Bréfritari: Sigríður Pálsdóttir
Viðtakandi: Páll Pálsson
Dagsetning: A-1857-11-02
Skrifað á: Hraungerði  Árn.
Páll var bróðir Sigríðar

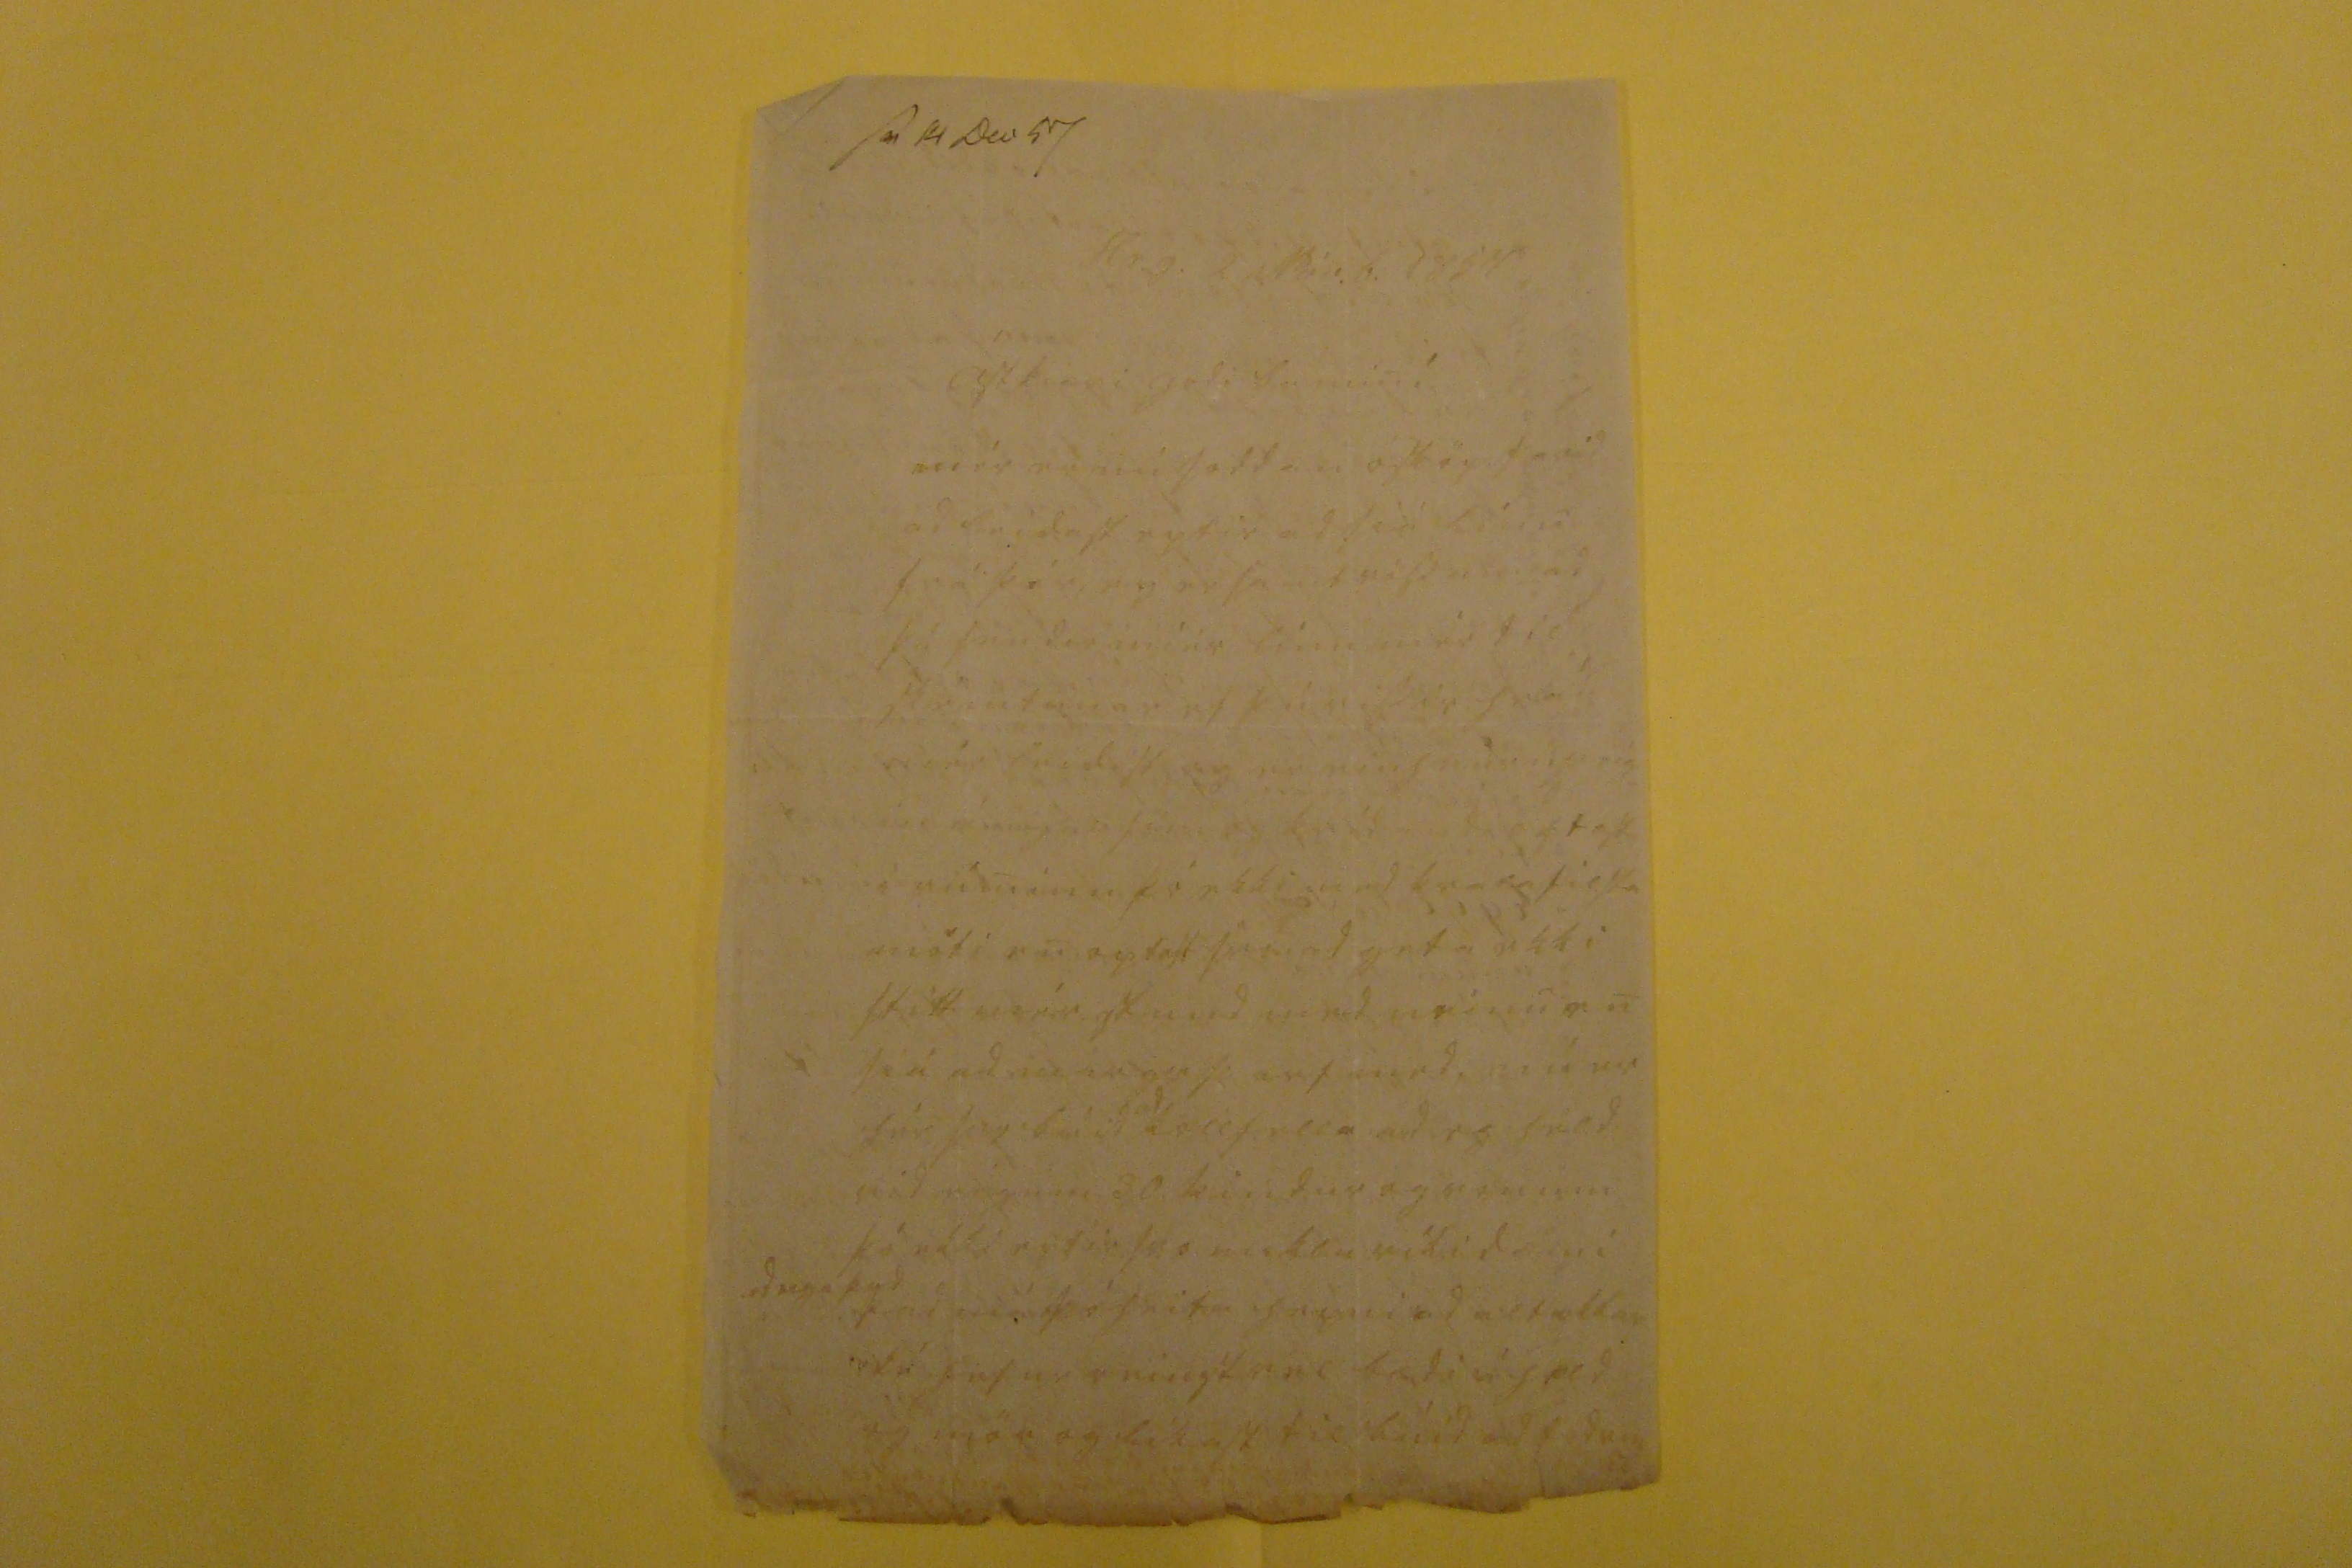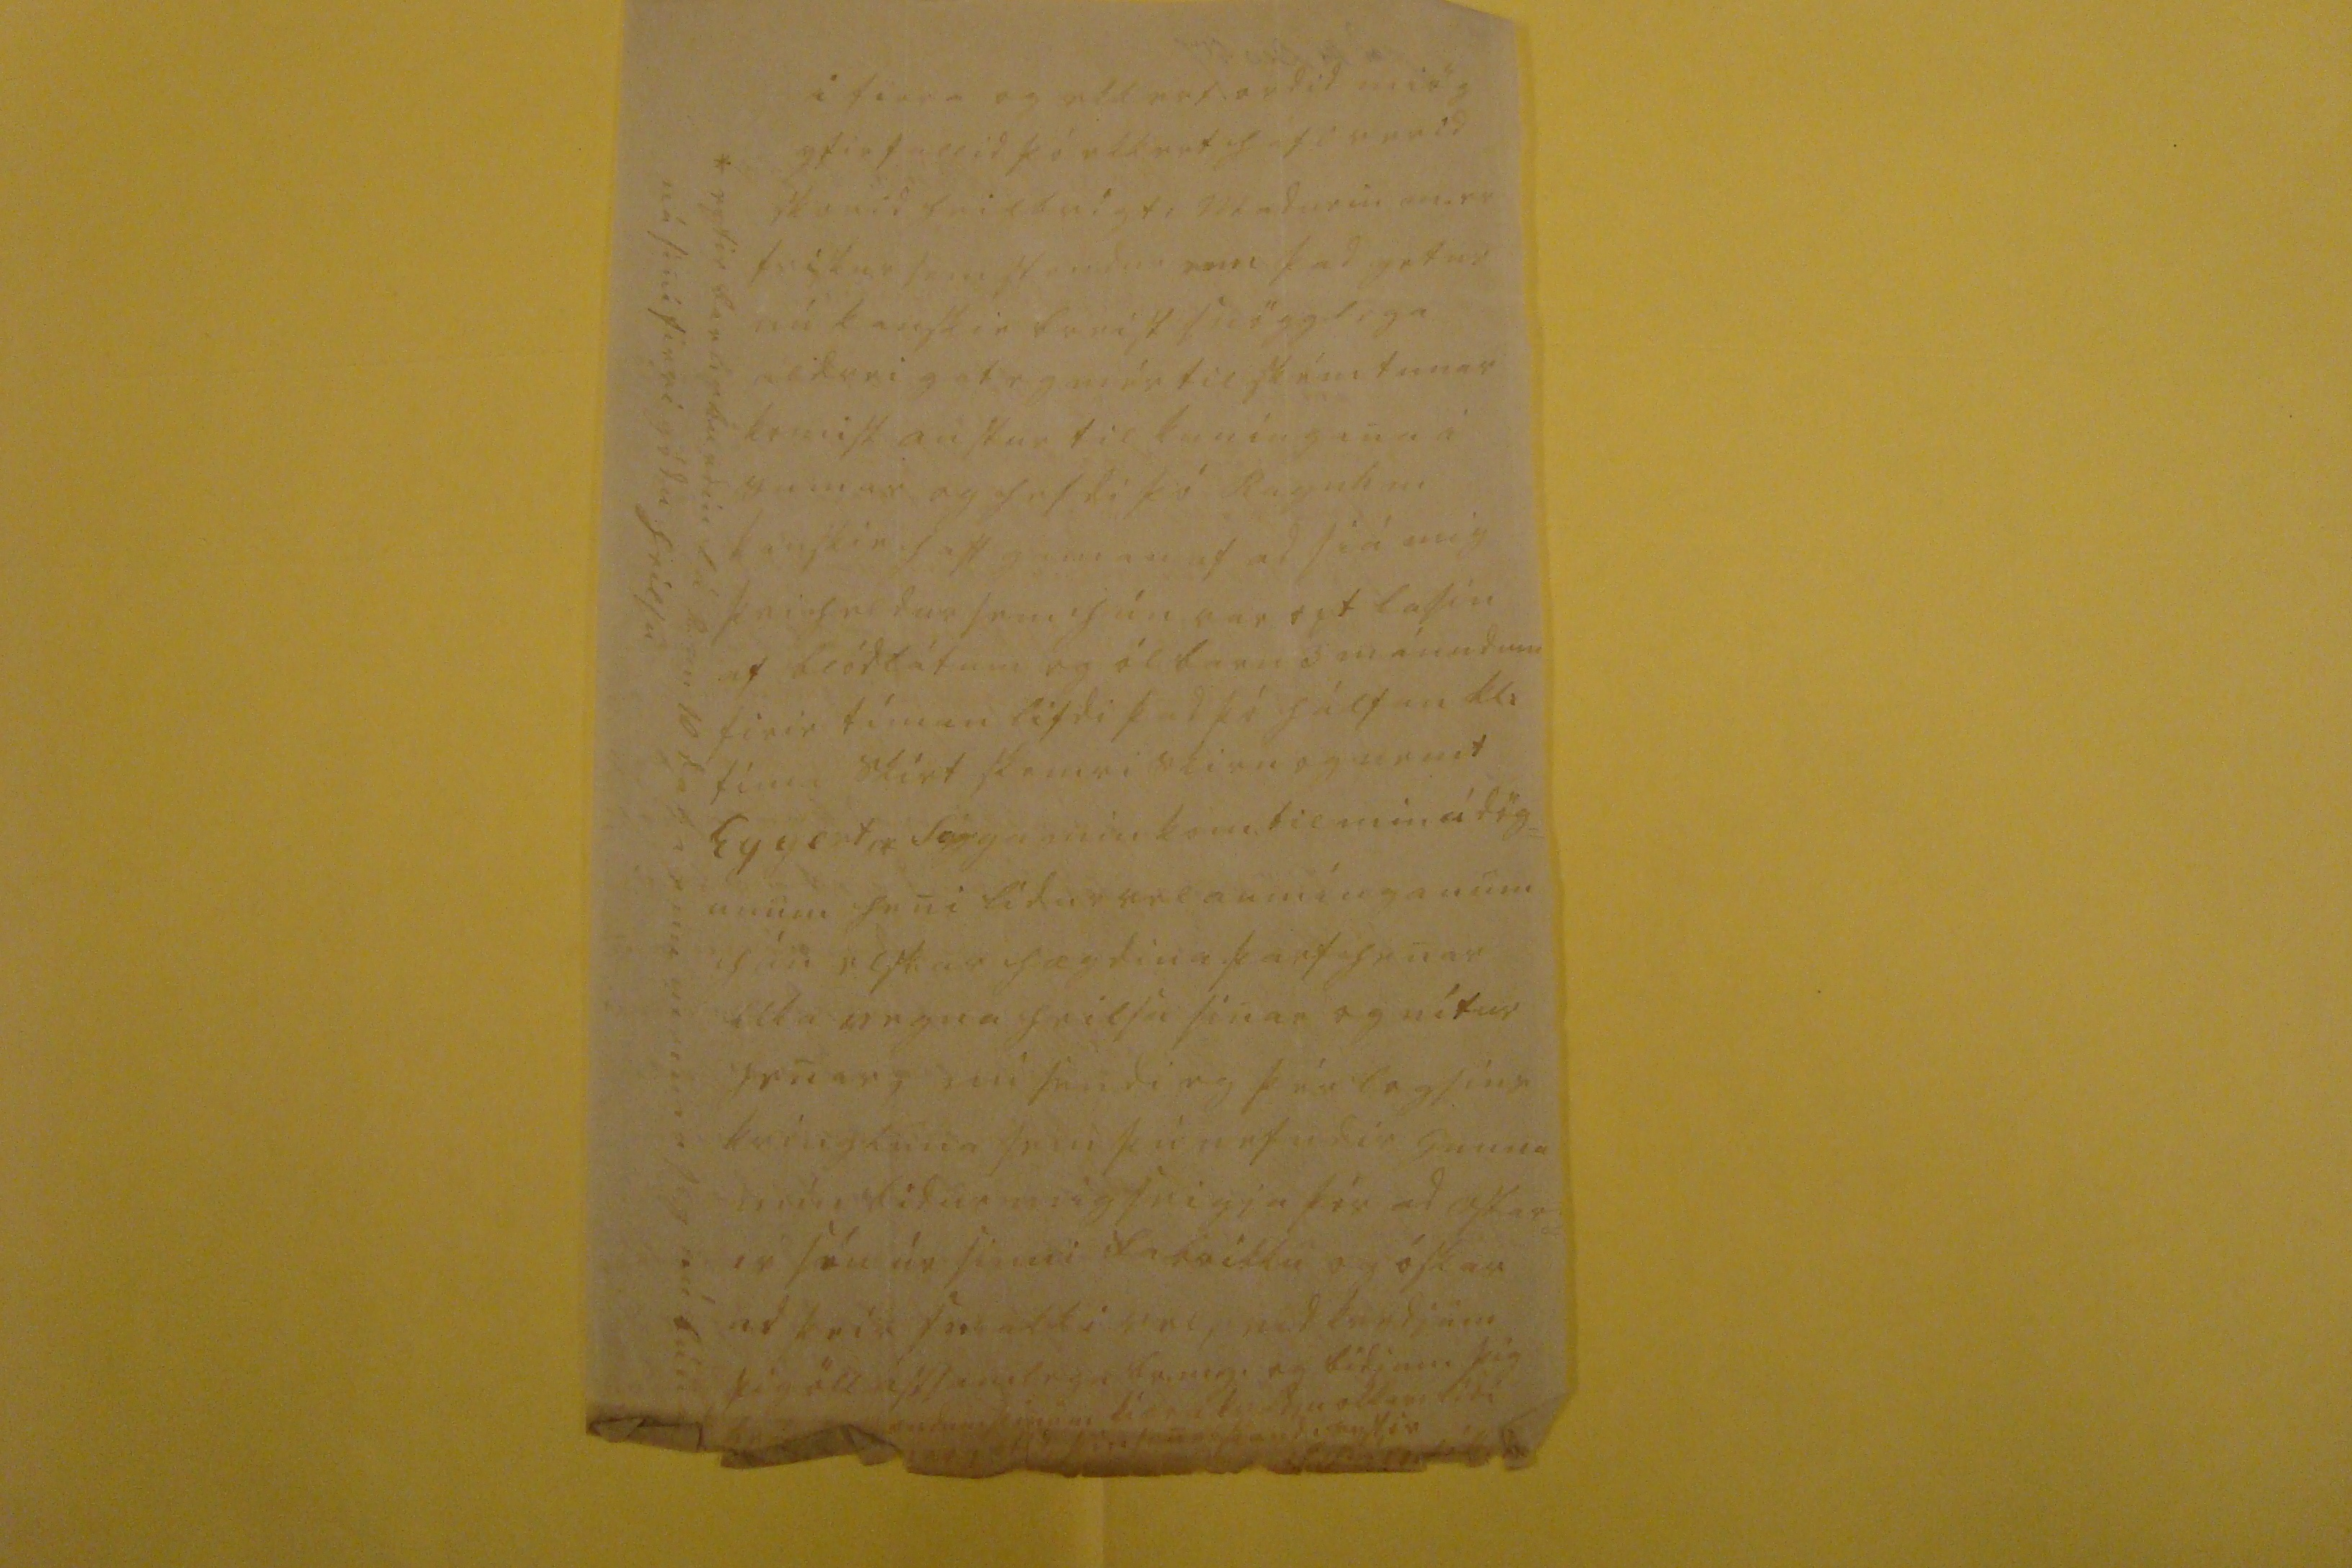

sv. 14 Dec 57
Hr.g. 2 Nóv.b 1857
Ástkiæri godi br min!
mér er nú soddan ósköp farid ad leidast eptir ad siá línu frá þér, eg er samt viss um ad þú sendir miér línu mér til skémtunar ef þú vissir hvad mér leidist og er einh
vurn veíg= in ánægju söm og 0000 000tast
i rúminu þó ekki med
kra00
filsta móti en optast sem ad geta ekki stitt mér stund med neinu en siá ad
00gir þarf med,
nú er hér svo búid
ad
kollfella ad eg held vid eigum 30 kindur og vonum þó ekki eptir svo miklu vítidæmi
ad eiga þad
þad má þó heita
hepni
ad alt okkar fé hefur reinst vel bædi
i held
og mör og likast til búid ad
fodum
i firra og ekkert ordid miög yfirfallid þó ekkert hafi verid skorid heilbrigt, madurin m. er friskur sem stendur enn þad getur nú kanskie breist snögglega aldrei gat eg mér til skémtunar komist austur til kuningana i sumar og hefdi þó Ragnh m kanskie haft gaman af ad siá mig þvi heldur sem hún var opt lasin af blódlátum og ól barn 3 mánudum firir tíman lifdi þad þó hálfan kl: tíma skírt skamri skírn og nemt Eggert,* Sigga min kom til min á dög= unum heni lídur vel aumínganum hún elskar hægdina þarf henar líka vegna heilsu sinar og nítur henar nú sendi eg þér logsins kringluna sem þú nefndir Gunna mín bidur mig seigja þér ad ostar= ir séu úr sinni
fabrikku
og óskar ad þeim
se alt i vel,
vid kvedjum þig öll ástsamlega br.m.g. og bidjum þig sendum þínu kiæra kvedju okkar lídi
000000 0tíd,
þín sanelskandi systir
S Pálsdóttir